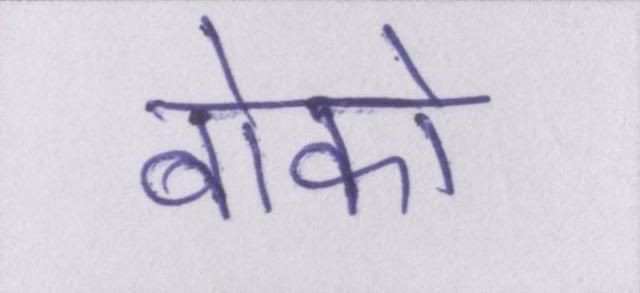
बोको